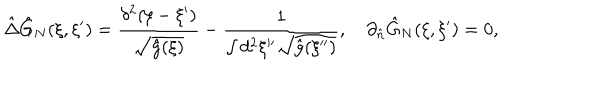
\hat { \Delta } { \hat { G } _ { N } } ( \xi , \xi ^ { \prime } ) = { \frac { { \delta ^ { 2 } } ( \xi - \xi ^ { \prime } ) } { \sqrt { \hat { g } ( \xi ) } } } - { \frac { 1 } { \int { d ^ { 2 } } \xi ^ { \prime \prime } \sqrt { \hat { g } ( \xi ^ { \prime \prime } ) } } } , \quad { \partial _ { \hat { n } } } { \hat { G } _ { N } } ( \xi , \xi ^ { \prime } ) = 0 ,